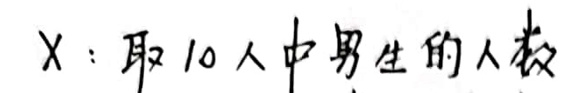
X:取10人中男生的人数